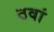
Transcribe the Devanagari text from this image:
ठवां